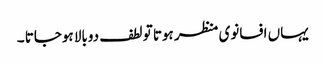
یہاں افسانوی منظر ہوتا تو لطف دوبالا ہوجاتا ۔